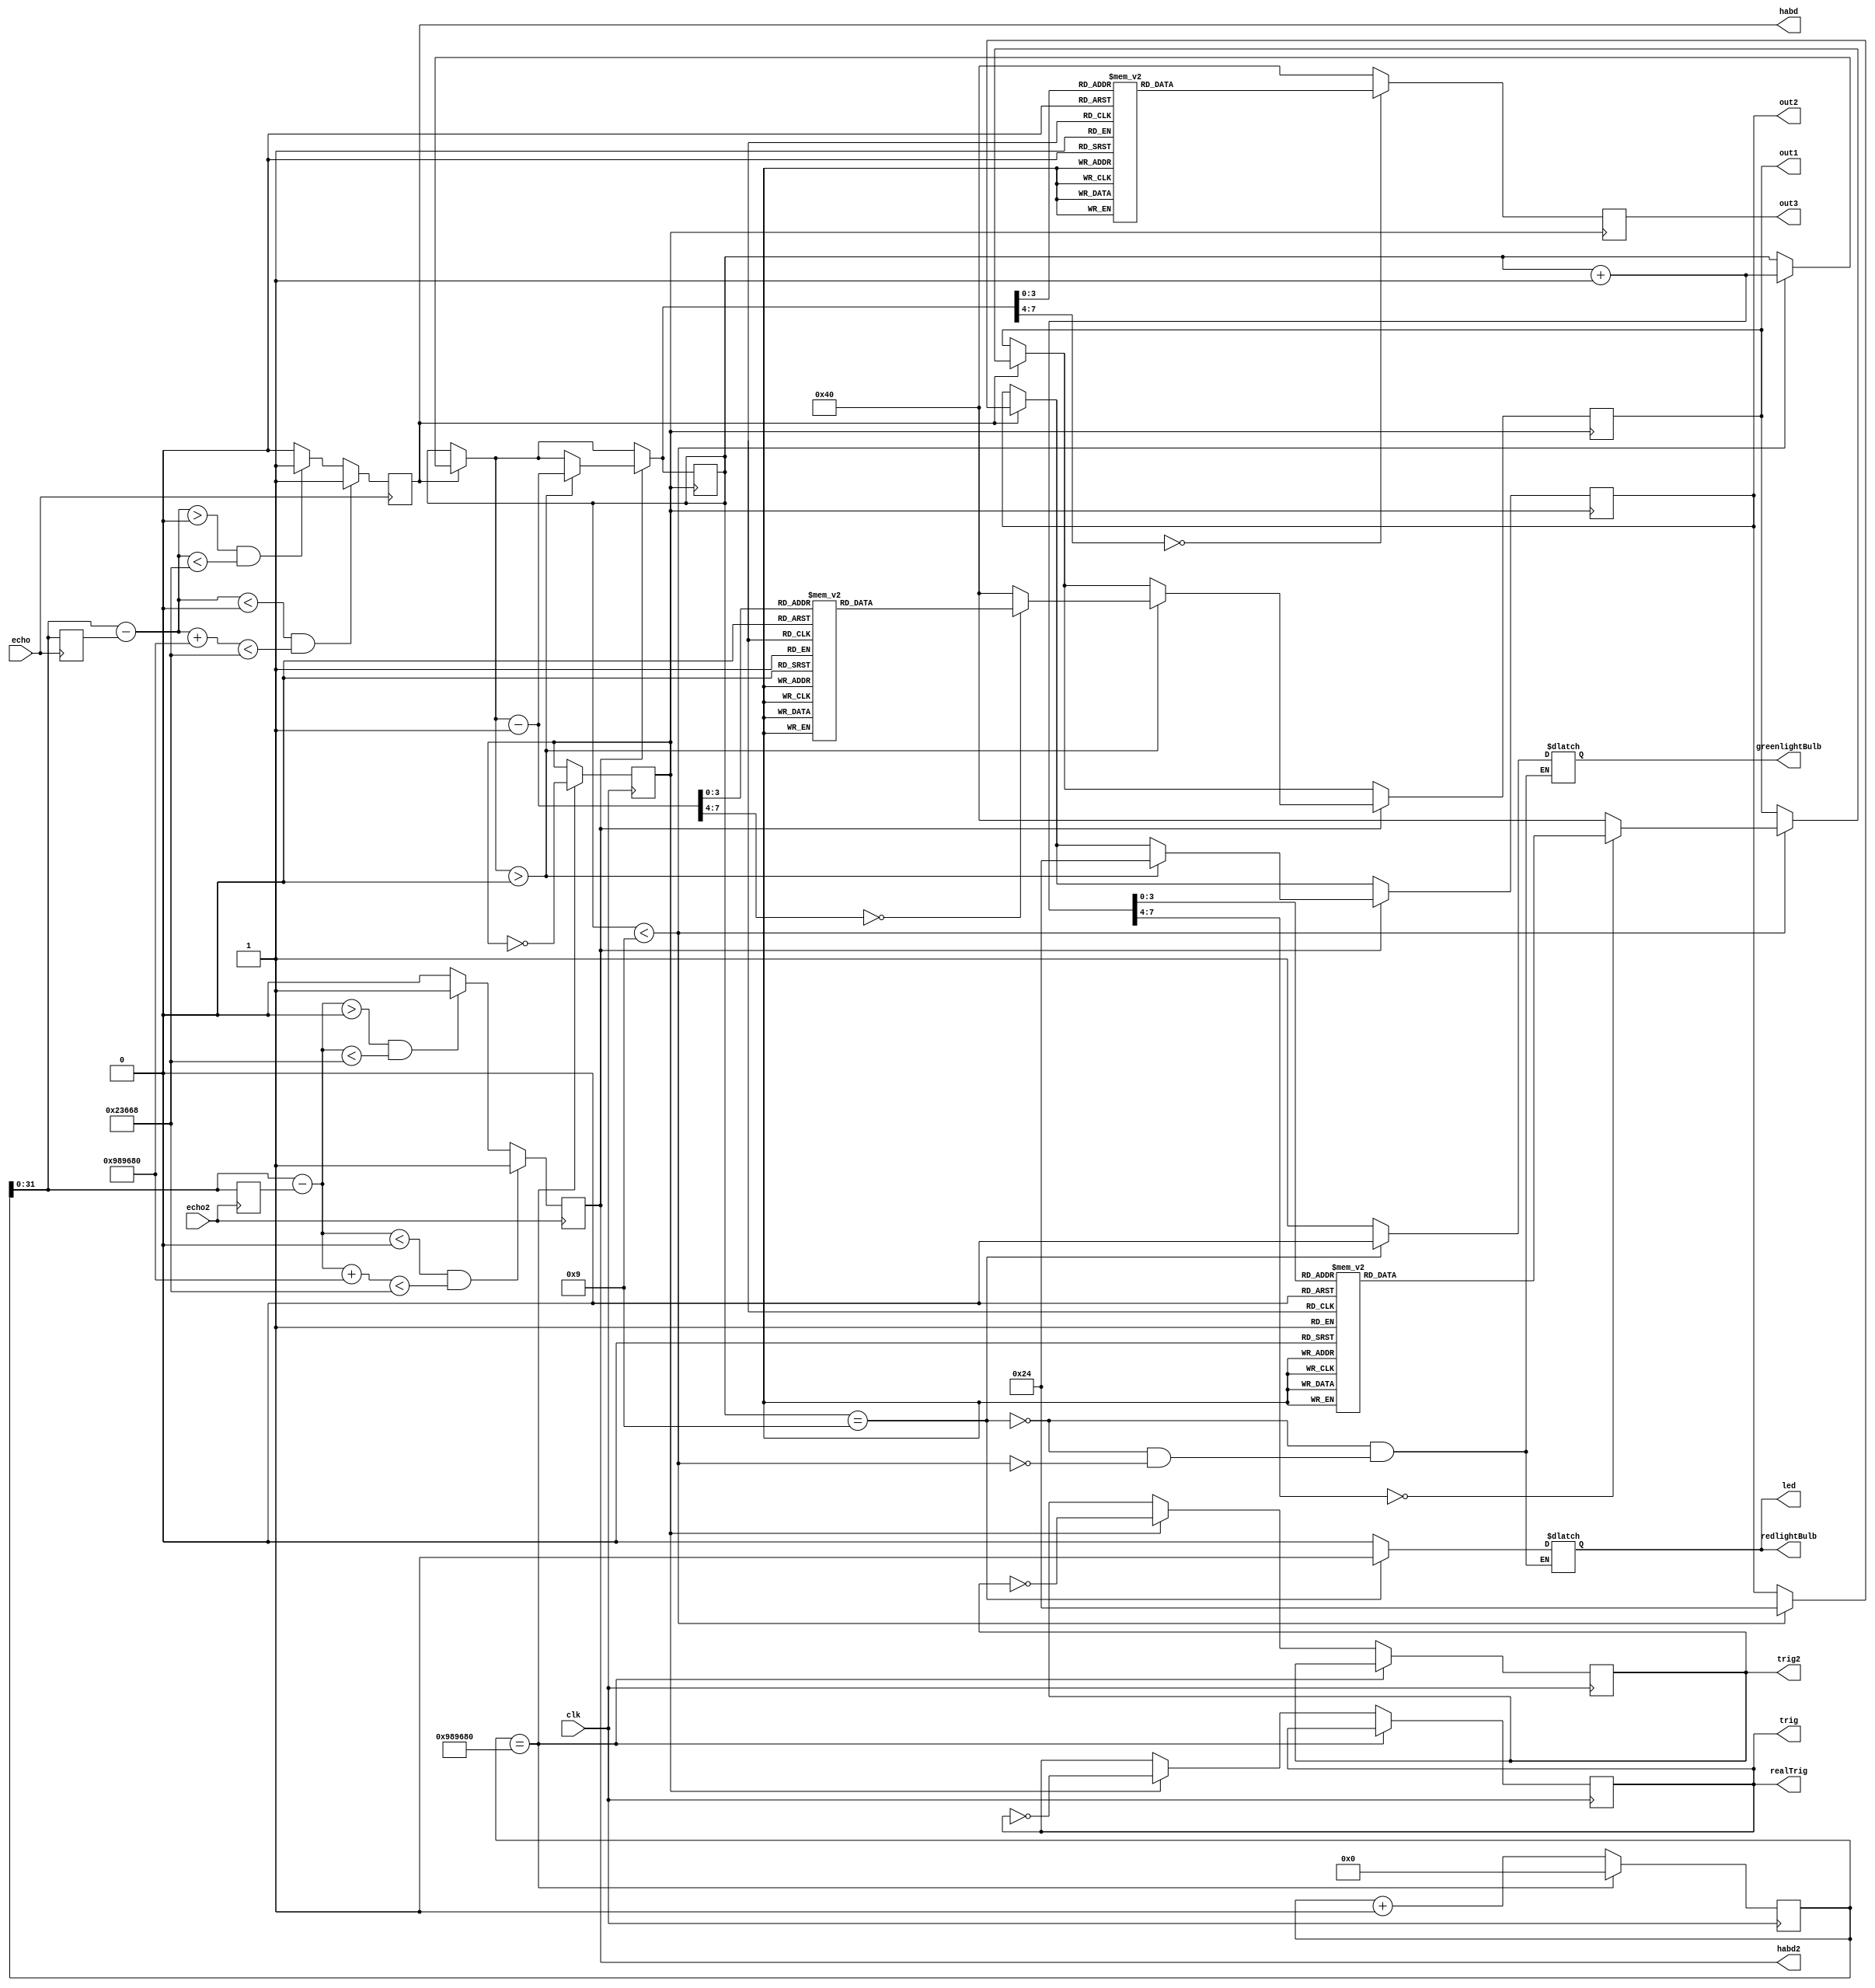
module lecturehall(led,clk,out1,out2,out3,echo,echo2,habd2,trig,trig2,habd,realTrig, redlightBulb, greenlightBulb);
output reg[6:0] out1;
output reg[6:0] out2,out3;
input clk; //clk coming from the FPGA board
reg clk2;
output reg redlightBulb, greenlightBulb; //slower clock and lightbulb regs
reg[150:0] cycle; 
output reg led;
reg [7:0] humanCount; //counts the number of human beings in the hall
reg [7:0] outCount; //counts the number of human beings out of the hall
reg [7:0] TotalCount; //counts the total number of human beings in and out of the hall
parameter max=9;
reg[150:0] echoStartCycle; 
integer distance;
reg[150:0] echoStartCycle2; 

output  trig;
reg trig;
output  trig2;
reg trig2;
input echo;
input echo2;

output realTrig;
reg realTrig;
output habd;
reg habd;
output habd2;
reg habd2;

//assign realTrig=trig;
/* To initialize parameters */
initial
	begin
		out1 <= 7'b1000000;
		out2 <= 7'b0100100;
		out3 <= 7'b1000000;
		clk2=1'b0;
	
		trig=0;
		trig2=0;
		realTrig=0;
		cycle<=151'b0;
		
		redlightBulb=1'b0;
		greenlightBulb=1'b0;
		led<=1'b0;
		
		humanCount<=8'd0;
		outCount<=8'd0;
		TotalCount<=8'd0;
		habd=1'b0;
		habd2=1'b0;
	end
	
/* To initialize parameters */
		
/*        Clock Module         */
always@(humanCount)
	begin
		if(humanCount==max)
			begin
				redlightBulb=1'b1;
				greenlightBulb=1'b0;
				led=1'b1;
			end
		else if(humanCount<max)
			begin
				led=1'b0;
				redlightBulb=1'b0;
				greenlightBulb=1'b1;
			end
	end	


always@(posedge clk)
	begin
		if(cycle==10000000)
			begin
				clk2=~clk2;
				cycle=0;
			end
		else
			begin
				cycle=cycle+1;
				if(clk2)
					begin
						trig=~trig;
						trig2=~trig2;
						
					end
			end
		realTrig=trig;
	end
	


	
always@(posedge clk2)
	begin
		if(habd==1'b1)
			begin
				if(humanCount<max)
					begin
						out1<=7'b1000000;
						out2<=7'b0100100;
						out3<=7'b1000000;
						humanCount= humanCount+1;
						case(humanCount)
						8'b00000000: out1 <= 7'b1000000;
						8'b00000001: out1 <= 7'b1111001;
						8'b00000010: out1 <= 7'b0100100; 
						8'b00000011: out1 <= 7'b0110000; 
						8'b00000100: out1 <= 7'b0011001; 
						8'b00000101: out1 <= 7'b0010010;
						8'b00000110: out1 <= 7'b0000010;
						8'b00000111: out1 <= 7'b1111000;
						8'b00001000: out1 <= 7'b0000000;
						8'b00001001: out1 <= 7'b0010000;
						default: out1 <= 7'b1000000;
						endcase
					end
			end
		if(habd2==1'b1)
			begin
				if(humanCount>0)
					begin
						out1<=7'b1000000;
						out2<=7'b0100100;
						out3<=7'b1000000;
						humanCount= humanCount-1;
						case(humanCount)
						8'b00000000: out1 <= 7'b1000000;
						8'b00000001: out1 <= 7'b1111001;
						8'b00000010: out1 <= 7'b0100100; 
						8'b00000011: out1 <= 7'b0110000; 
						8'b00000100: out1 <= 7'b0011001; 
						8'b00000101: out1 <= 7'b0010010;
						8'b00000110: out1 <= 7'b0000010;
						8'b00000111: out1 <= 7'b1111000;
						8'b00001000: out1 <= 7'b0000000;
						8'b00001001: out1 <= 7'b0010000;
						default: out1 <= 7'b1000000;
						endcase
					end
			end				
		case(humanCount)
			8'b00000000: out3 <= 7'b0010000;
			8'b00000001: out3 <= 7'b0000000;
			8'b00000010: out3 <= 7'b1111000; 
			8'b00000011: out3 <= 7'b0000010; 
			8'b00000100: out3 <= 7'b0010010; 
			8'b00000101: out3 <= 7'b0011001;
			8'b00000110: out3 <= 7'b0110000;
			8'b00000111: out3 <= 7'b0100100;
			8'b00001000: out3 <= 7'b1111001;
			8'b00001001: out3 <= 7'b1000000;
			default: out3 <= 7'b1000000;
			endcase
	end
always@(posedge echo)
		begin
			echoStartCycle=cycle;
		end

always@(posedge echo2)
		begin
			echoStartCycle2=cycle;
		end

always@(negedge echo)
		begin
			distance=(cycle-echoStartCycle);
			if(distance<0 & distance+10000000 <50*2900)
				begin
					habd=1'b1;
				end
			else if(distance >0 & distance<50*2900)
				habd=1'b1;
			else
				habd=1'b0;
		end


always@(negedge echo2)
		begin
			distance=(cycle-echoStartCycle2);
			if(distance<0 & distance+10000000 <50*2900)
				begin
					habd2=1'b1;
				end
			else if(distance >0 & distance<50*2900)
				habd2=1'b1;
			else
				habd2=1'b0;
		end
		
endmodule